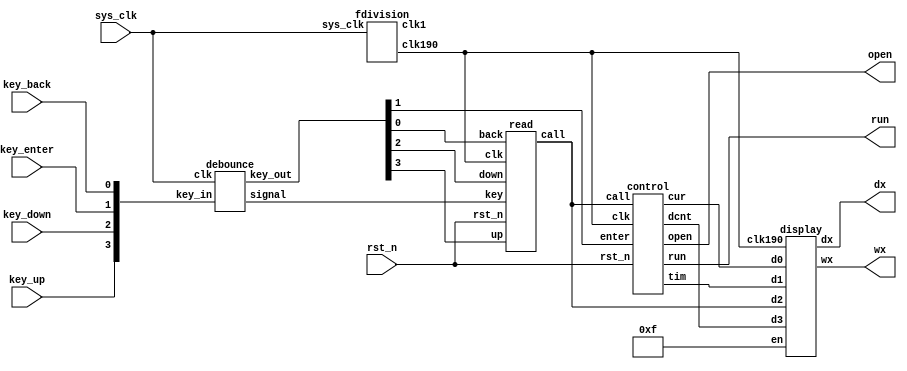
`timescale 1ns / 1ps
//////////////////////////////////////////////////////////////////////////////////
// Company: 
// Engineer: 
// 
// Design Name: 
// Module Name: elevator
// Project Name: 
// Target Devices: 
// Tool Versions: 
// Description: 
// 
// Dependencies: 
// 
// Revision:
// Revision 0.01 - File Created
// Additional Comments:
// 
//////////////////////////////////////////////////////////////////////////////////

module elevator(
    input           sys_clk,           // system clock 100Mhz on board
    input           rst_n,             // reset ,low active
    input           key_up,
    input           key_down,
    input           key_enter,
    input           key_back,
    output wire [3:0] wx,
    output wire [6:0] dx,
    output wire      run, open
    );
    
    wire    clk1, clk;
    wire    up, down, enter, back, key;
    wire [3:0] call, cur, tim, dcnt;

    fdivision fd(sys_clk, clk1, clk);
    debounce db(sys_clk, {key_up, key_down, key_enter, key_back}, {up, down, enter, back}, key);
    read rd(clk, rst_n, key, up, down, back, call);
    control ctrl(clk, rst_n, enter, call, cur, tim, dcnt, run, open);
    display ds(wx, dx, 4'b1111, dcnt, call, tim, cur, clk);
    
endmodule

module control(
    input           clk, rst_n, enter,
    input [3:0]     call,
    output reg [3:0] cur, tim, dcnt,
    output reg      run, open   
);
    reg [3:0] ucnt;
    reg [1:0] st; 
    reg [9:0] vis;
    
    initial begin
        vis = 0; st = 0;
        tim = 0; cur = 1;
        ucnt = 0; dcnt = 0;
        run = 0; open = 0;
    end
    
    wire [3:0] nex;
    wire [1:0] comp;
    wire run_back, open_back, vis_nex, vis_call;
    wire neg_run, neg_open, pos_enter;
    
    delay dl_run(clk, rst_n, run, run_back), dl_open(clk, rst_n, open, open_back);
    getedge eg(clk, rst_n, run_back, open_back, enter, neg_run, neg_open, pos_enter);
    
    assign nex = (st ? (st == 1 ? cur + 1 : cur - 1) : cur);
    assign vis_nex = vis[nex], vis_call = vis[call];
    assign comp = (call == cur ? 2'b00 : (call > cur ? 2'b01 : 2'b10));
    
    always @(posedge clk or negedge rst_n) begin
        if(!rst_n) begin
            vis <= 0; ucnt <= 0; dcnt <= 0;
        end else if(clk) begin
            if(neg_run) begin
                if(st == 1 && vis_nex) begin
                    vis[nex] <= 0;
                    ucnt <= ucnt - 1;
                end else if(st == 2 && vis_nex) begin
                    vis[nex] <= 0;
                    dcnt <= dcnt - 1;
                end
            end else if(pos_enter) begin
                if(!vis_call) begin
                    vis[call] <= 1;
                    if(!comp && st == 1 || comp == 2)
                        dcnt <= dcnt + 1;
                    else if(!comp && st == 2 || comp == 1)
                        ucnt <= ucnt + 1;
                end    
    end end end           
    
    always @(posedge clk or negedge rst_n) begin
        if(!rst_n) begin
            run <= 0; open <= 0; st <= 0;
        end else if(clk) begin
            if(neg_open) begin // back from opening
                open <= 0;
                run <= (st ? 1 : 0);
            end else if(neg_run) begin // back from running
                if(st == 1 && vis_nex) begin
                    run <= 0; open <= 1;
                    st <= ((ucnt - 1) ? 1 : (dcnt ? 2 : 0));
                end else if(st == 2 && vis_nex) begin
                    run <= 0; open <= 1;
                    st <= ((dcnt - 1) ? 2 : (ucnt ? 1 : 0)); 
                end
            end else if(st && !open && !run) begin
                run <= 1;
            end else if(pos_enter && !st) begin
            case(comp)
                0: open <= 1;
                1: st <= (vis_call ? 0 : 1);
                2: st <= (vis_call ? 0 : 2);
            endcase
    end end end
    
    always @(posedge clk or negedge rst_n) begin
        if(!rst_n) begin
            tim <= 0; cur <= 1;
        end else if(clk) begin
            if(neg_open) tim <= 0;
            else if(neg_run) begin
                tim <= tim + 1;
                if(st == 1) cur <= cur + 1;
                else if(st == 2) cur <= cur - 1;
            end
    end end
     
endmodule

module getedge(
    input           clk, rst_n, run_back, open_back, enter,
    output          neg_run, neg_open, pos_enter   
);
    reg run_last, open_last, enter_last;
    initial begin
        run_last = 0; open_last = 0; enter_last = 0;
    end
    assign neg_run = run_last && !run_back;
    assign neg_open = open_last && !open_back;
    assign pos_enter = (!enter_last) && enter;
    
    always @(posedge clk or negedge rst_n) begin
        if(!rst_n) begin
            run_last <= 0; open_last <= 0; enter_last <= 0;
        end else if(clk) begin
            run_last <= run_back; open_last <= open_back; enter_last <= enter;
        end
    end
    
endmodule

module delay(   // delay for 1s
    input           clk190,
    input           rst_n,
    input           en,
    output reg      st
);
    parameter MOD = 190;   
    reg [7:0] timer;
    reg en_last;
    wire pos_en = !en_last && en;
    initial begin
        timer = 0; st = 0; en_last = 0;
    end
    always @(posedge clk190 or negedge rst_n) begin
        if(!rst_n) begin
            timer <= 0; st <= 0; en_last <= 0;
        end else if(clk190) begin
            en_last <= en;
            if(pos_en) begin
                timer <= 0; st <= 0;    // begin counting
            end else if(en) begin
                if(timer == MOD) begin
                    timer <= 0; st <= 0;
                end else begin 
                    timer <= timer + 1;
                    if(timer == MOD - 1) st <= 1;
                end
            end else begin
                st <= 0; timer <= 0;
            end
        end
    end
endmodule

module read(
    input           clk, rst_n, key, up, down, back,
    output reg [3:0] call
);
    reg key_last;
    wire pos_key;
    initial begin call = 1; key_last = 0; end
    assign pos_key = !key_last && key;
    always @(posedge clk or negedge rst_n) begin
        if(!rst_n) begin
            call <= 4'b0001; key_last <= 0;
        end else if(clk) begin
            key_last <= key;
            if(pos_key) begin
                if(up) begin
                    if(call != 4'b1001) call <= call + 1;
                end else if(down) begin
                    if(call != 4'b0000) call <= call - 1;
                end else if(back)
                    call <= 4'b0001;
    end end end
endmodule

module display(
    output reg  [3:0] wx, // wei xuan
    output reg  [6:0] dx, // duan xuan
    input     [3:0] en, // enable
    input     [3:0] d3,
    input     [3:0] d2,
    input     [3:0] d1,
    input     [3:0] d0,
    input           clk190
);
    reg [1:0] s;
    reg [3:0] digit;
    
    initial s = 0;
    
    always@(posedge clk190) begin
        s <= s + 1;
    end
    
    always @(*) begin
        wx <= 4'b0000;
        if(en[s] == 1) wx[s] <= 1'b1;
    end
    
    always @(*)
	case(s)
		0:digit	<= d0[3:0];
		1:digit	<= d1[3:0];
		2:digit	<= d2[3:0];
		3:digit	<= d3[3:0];
		default:digit <= 4'b0000;
	endcase
    
    always @(*)
	case (digit)
		0:dx<=~7'b0000001;
		1:dx<=~7'b1001111;
		2:dx<=~7'b0010010;
		3:dx<=~7'b0000110;
		4:dx<=~7'b1001100;
		5:dx<=~7'b0100100;
		6:dx<=~7'b0100000;
		7:dx<=~7'b0001111;
		8:dx<=~7'b0000000;
		9:dx<=~7'b0000100;
		default:dx<=~7'b0000001;
	endcase
endmodule

module fdivision(
    input           sys_clk,       // system clock 100Mhz on board
    output reg      clk1,          // elevator_speed: 1Hz
    output reg      clk190         // fdisplay: 190Hz
    );
    
    // time counter
    reg [31:0] timer1, timer190;
    
    initial begin 
        timer1 = 0;
        clk1 = 0;
        timer190 = 0;
        clk190 = 0;
    end
    // fdivision for clk1
    always@(posedge sys_clk) begin
        if(timer1 == 32'd100_000_000) // 1Hz
            begin
            timer1 <= 32'd0; clk1 <= ~clk1;
            end
        else
            timer1 <= timer1 + 1'b1;
    end
    
    // fdivision for clk190
    always@(posedge sys_clk) begin
        if(timer190 == 32'd247_358) // 1Hz
            begin
            timer190 <= 32'd0; clk190 <= ~clk190;
            end
        else
            timer190 <= timer190 + 1'b1;
    end
endmodule


module debounce(
    input            clk,
    input [3:0]      key_in,
    output reg [3:0] key_out,
    output wire      signal
);
    parameter DURATION = 100_000;
    reg [19:0] cnt;
    reg st;
    
    initial begin
        st = 0;
        cnt = 0;
        key_out = 0;
    end
        
    // st
    always @(posedge clk) begin
        if(st == 0 && key_in != key_out)
            st <= 1;
        else if(cnt == DURATION)
            st <= 0;
        // else not change
    end
    
    // cnt
    always @(posedge clk) begin
        if(st)
            cnt <= cnt + 1'b1;
        else
            cnt <= 0;
    end
    
    // key_out
    always @(posedge clk) begin
        if(cnt == DURATION - 1)
            key_out <= key_in;
        // else not change
    end
    
    assign signal = (key_out[0] | key_out[1] | key_out[2] | key_out[3]);
    
endmodule